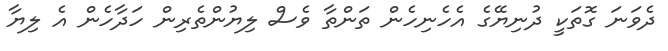
ދެވަނަ ގޮތަކީ ދުނިޔޭގެ އެހެނިހެން ތަންތާ ވެސް ލިޔުންތެރިން ހަދާހެން އެ ލިޔާ